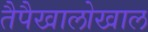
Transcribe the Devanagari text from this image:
तैपैखालोखाल